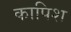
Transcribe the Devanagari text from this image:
कापिश